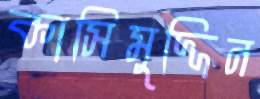
কাসিমুদ্দিন